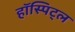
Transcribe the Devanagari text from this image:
हॉस्पिट्ल